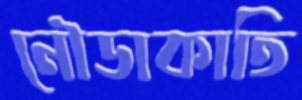
নৌডাকাতি